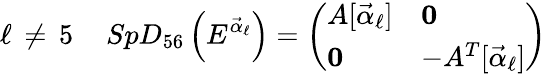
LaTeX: \ell\, \neq\, 5\quad\, SpD_{56}\left(E^{{\vec{\alpha}}_{\ell}}\right)=\left(\begin{array}{ll}{{A[{{\vec{\alpha}}_{\ell}}]}}&{{{\mathbf 0}}}\\ {{{\mathbf 0}}}&{{-A^{T}[{{\vec{\alpha}}_{\ell}}]}}\end{array}\right)